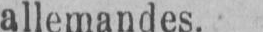
allemandes.